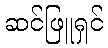
ဆင်ဖြူရှင်